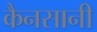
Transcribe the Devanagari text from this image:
कैनसानी